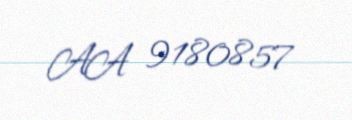
AA 9180857